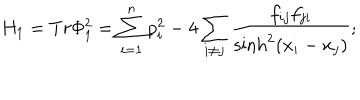
LaTeX: H _ { 1 } = T r \Phi _ { 1 } ^ { 2 } = \sum _ { i = 1 } ^ { n } p _ { i } ^ { 2 } - 4 \sum _ { i \neq j } \frac { f _ { i j } f _ { j i } } { \sinh ^ { 2 } ( x _ { i } - x _ { j } ) } ;